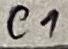
Text: C1